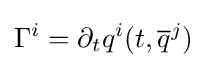
\Gamma ^{i}=\partial _{t}q^{i}(t,{\overline {q}}^{j})